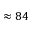
\approx 8 4